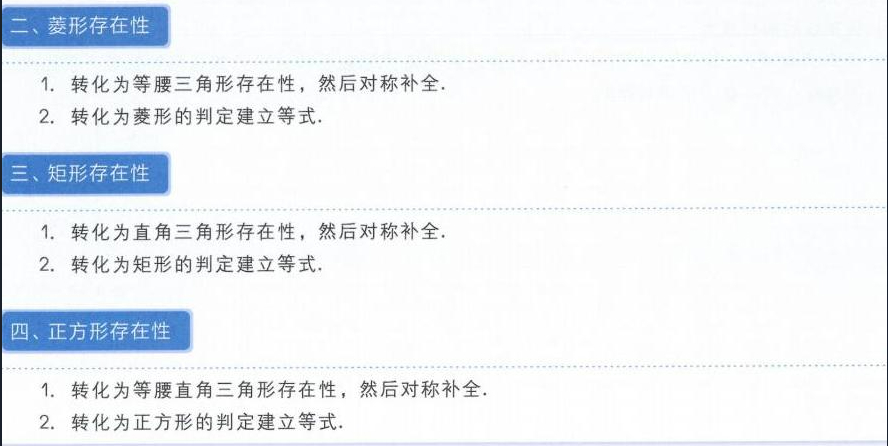
二、菱形存在性
1. 转化为等腰三角形存在性，然后对称补全.
2. 转化为菱形的判定建立等式.

三、矩形存在性
1. 转化为直角三角形存在性，然后对称补全.
2. 转化为矩形的判定建立等式.

四、正方形存在性
1. 转化为等腰直角三角形存在性，然后对称补全.
2. 转化为正方形的判定建立等式.